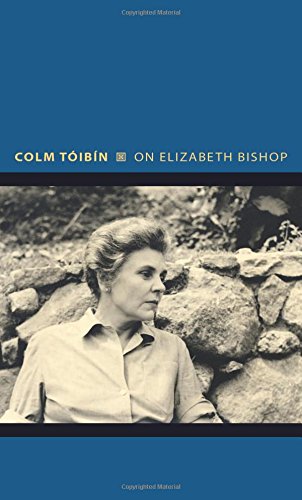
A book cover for On Elizabeth Bishop (Writers on Writers); Colm TÃ³ibÃ­n; Literature & Fiction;